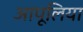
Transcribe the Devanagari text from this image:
आपूलिया